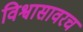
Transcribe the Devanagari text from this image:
विश्वासावरच